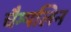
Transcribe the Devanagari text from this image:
चैम्पलिन